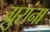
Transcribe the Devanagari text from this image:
ग्रुरांना